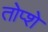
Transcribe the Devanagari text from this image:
तोप्शे